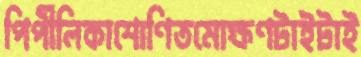
পিপীলিকাশোণিতমোক্ষণটাইটাই